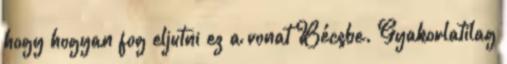
hogy hogyan fog eljutni ez a vonat Bécsbe. Gyakorlatilag